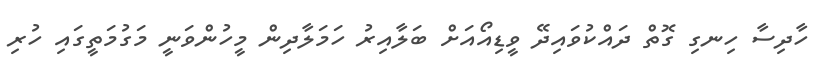
ހާދިސާ ހިނގި ގޮތް ދައްކުވައިދޭ ވީޑިއޯއަށް ބަލާއިރު ހަމަލާދިން މީހުންވަނީ މަގުމަތީގައި ހުރި